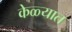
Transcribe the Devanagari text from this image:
केळ्यात